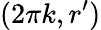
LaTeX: (2\pi k,r^{\prime})